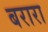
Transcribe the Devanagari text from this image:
बरारा